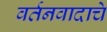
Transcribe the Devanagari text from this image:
वर्तनवादाचे